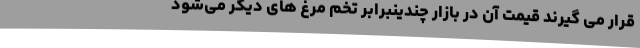
قرار می گیرند قیمت آن در بازار چندینبرابر تخم مرغ های دیگر می‌شود